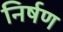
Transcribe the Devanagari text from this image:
निर्षण